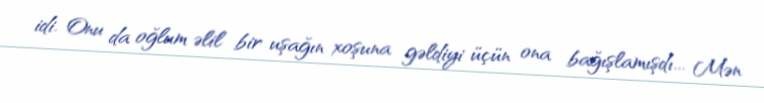
idi. Onu da oğlum əlil bir uşağın xoşuna gəldiyi üçün ona bağışlamışdı... Mən